Report on lock hospitals in British Burma
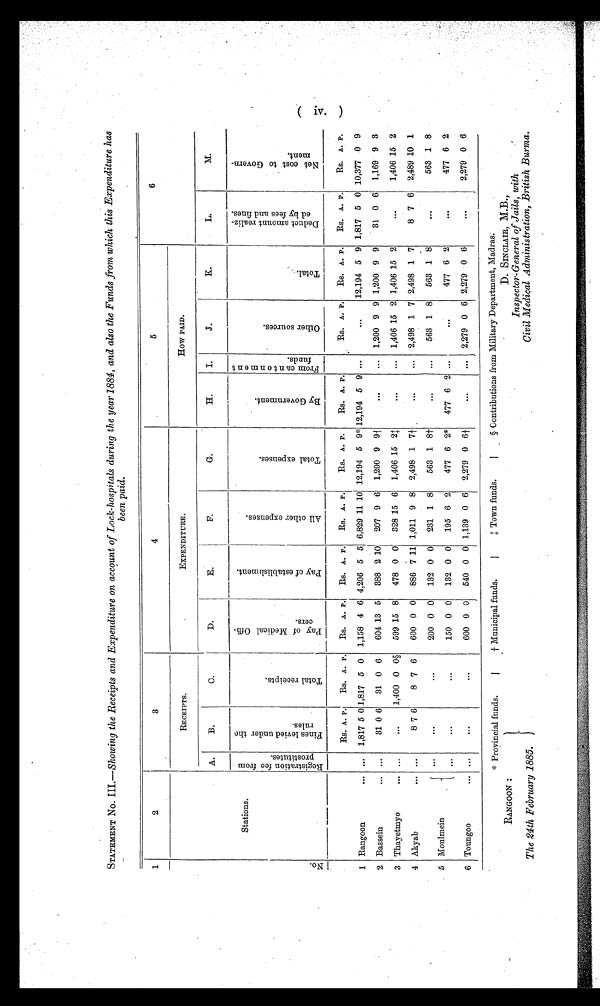
RANGOON :
D. SINCLAIR, M.B.,
The 24th February 1885.
Inspector-General of Jails, with
Civil Medical Administration, British Burma.
610i,
STATEMENT No. III.—Showing the Receipts and Expenditure on account of Lock-hospitals during the year 1884, and also the Funds from which this Expenditure has
been paid.
1
2
3
4
5
6
RECEIPTS.
EXPENDITURE.
How PAID.
A.
B.
C.
D.
E.
F.
G.
H.
I.
J.
K.
L.
M.
N o .
Stations.
R e g i s t r a t i o n f e e f r o m p r o s t i t u t e s .
F i n e s l e v i e d u n d e r t h e
r u l e s .
T o t a l r e c e i p t s .
P a y o f M e d i c a l O f f i -
c e r s .
P a y o f e s t a b l i s h m e n t .
A l l o t h e r e x p e n s e s .
T o t a l e x p e n s e s .
B y G o v e r n m e n t .
F r o m c a n t o n m e n t < b r
funds.
O t h e r s o u r c e s .
T o t a l .
D e d u c t a m o u n t r e a l i z e d
b y f e e s a n d f i n e s .
N e t c o s t t o G o v e r n -
m e n t .
–
Rs. A. P. Rs. A. P. Rs. A. P. Rs. A. P. Rs. A. P.
RS. A. P.
Rs. A. P.
Rs. A. P. Rs. A. P. Rs. A. P.
Rs. A. P.
1 Rangoon
. . .
. . . 1,817 5 0 1,817 5 0 1,158 4 6 4,206 5 5 6,829 11 10 12,194 5 9* 12,194 5 9 ...
. . .
12,194 5 9 1,817 5 0 10,377 0 9
2 Bassein
. . .
. . .
31 0 6 31 0 6
604 13 5 388 2 10 207 9 6 1,200
9±
9
. . .
... 1,200 9 9 1,200 9 9
31 0 6 1,169 9 3
3 Thayetmyo
. . .
. . •
. . . 1,400 0 0§ 599 15 8 478 0 0 328 15 6 1,406 15
2±
. . .
... 1,406 15 2 1,406 15 2
. . .
1,406 15 2
4 Akyab
. . .
. . .
8 7 6
8 7 6
600 0 0 886 7 11 1,011 9 8 2,498 1 7±
. . .
... 2,498 1 7 2,498 1 7
8 7 6 '2,489 10 1
. . .
. . .
200 0 0 132 0 0 231 1 8
563 1 8t
. . .
...
563 1 8 563 1 8
. . .
563 1 8
5 Moulmein
—
. . .
. . .
150 0 0 132 0 0 195 6 2
477 6 2* 477 6 2 ...
. . .477 6 2
. . .
477 6 2
6 Toungoo
. . .
. . .
. . .
. . .
600 0 0 540 0 Oj 1,139 0 6 2,279 0 6±
. . .
... 2,279 0 6 2,279 0 6
. . .
2,279 0 6
* Provincial funds. | † Municipal funds. | ‡ Town funds. § Contributions from Military Department, Madras:
4.